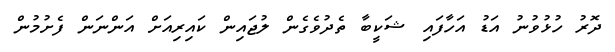
ދޮރު ހުޅުވުނު އަޑު އަހާފައި ޝަކީބާ ތެދުވެގެން ލުޖައިން ކައިރިއަށް އަންނަން ފެށުމުން